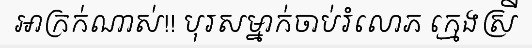
អាក្រក់ណាស់!! បុរសម្នាក់ចាប់រំលោភ ក្មេងស្រី